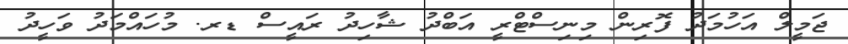
ޖަމީލް އަހުމަދު ފޮރިން މިނިސްޓްރީ އަބްދު ޝާހިދު ރައީސް ޑރ. މުހައްމަދު ވަހީދު